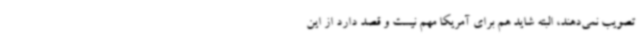
تصویب نمی‌دهند، البته شاید هم برای آمریکا مهم نیست و قصد دارد از این